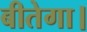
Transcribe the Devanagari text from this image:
बीतेगा।